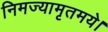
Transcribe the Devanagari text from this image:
निमज्यामृतमये।